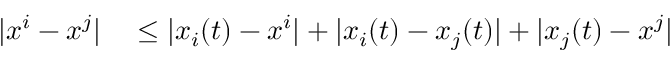
\begin{array} { r l } { | x ^ { i } - x ^ { j } | } & { { } \leq | x _ { i } ( t ) - x ^ { i } | + | x _ { i } ( t ) - x _ { j } ( t ) | + | x _ { j } ( t ) - x ^ { j } | } \end{array}